Source: Handwritten
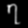
Digit: ၇ (7)